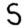
Digit: 5